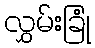
လွှမ်းခြုံ